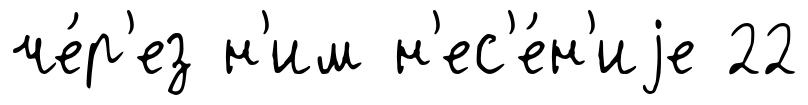
че́р'ез н'им н'ес'е́н'иjе 22